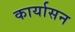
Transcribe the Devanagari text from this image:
कार्यासन